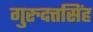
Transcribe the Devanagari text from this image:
गुरुदत्तसिंह